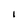
Character: I